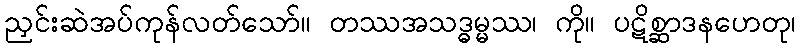
ညှင်းဆဲအပ်ကုန်လတ်သော်။ တဿအသဒ္ဓမ္မဿ၊ ကို။ ပဋိစ္ဆာဒနဟေတု၊